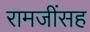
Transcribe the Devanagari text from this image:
रामजींसह